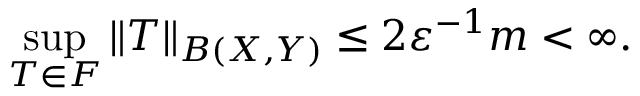
\sup _ { T \in F } \| T \| _ { B ( X , Y ) } \leq 2 \varepsilon ^ { - 1 } m < \infty .